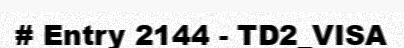
# Entry 2144 - TD2_VISA